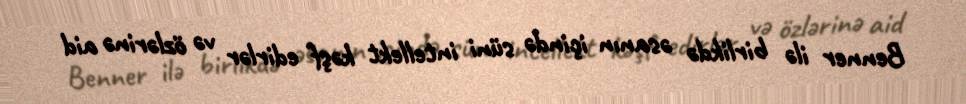
Benner ilə birlikdə əsanın içində süni intellekt kəşf edirlər və özlərinə aid